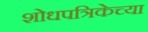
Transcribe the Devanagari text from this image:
शोधपत्रिकेच्या